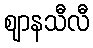
ဈာနသီလီ